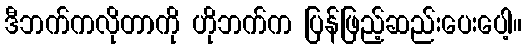
ဒီဘက်ကလိုတာကို ဟိုဘက်က ပြန်ဖြည့်ဆည်းပေးပေါ့။